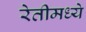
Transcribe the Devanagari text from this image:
रेतीमध्ये